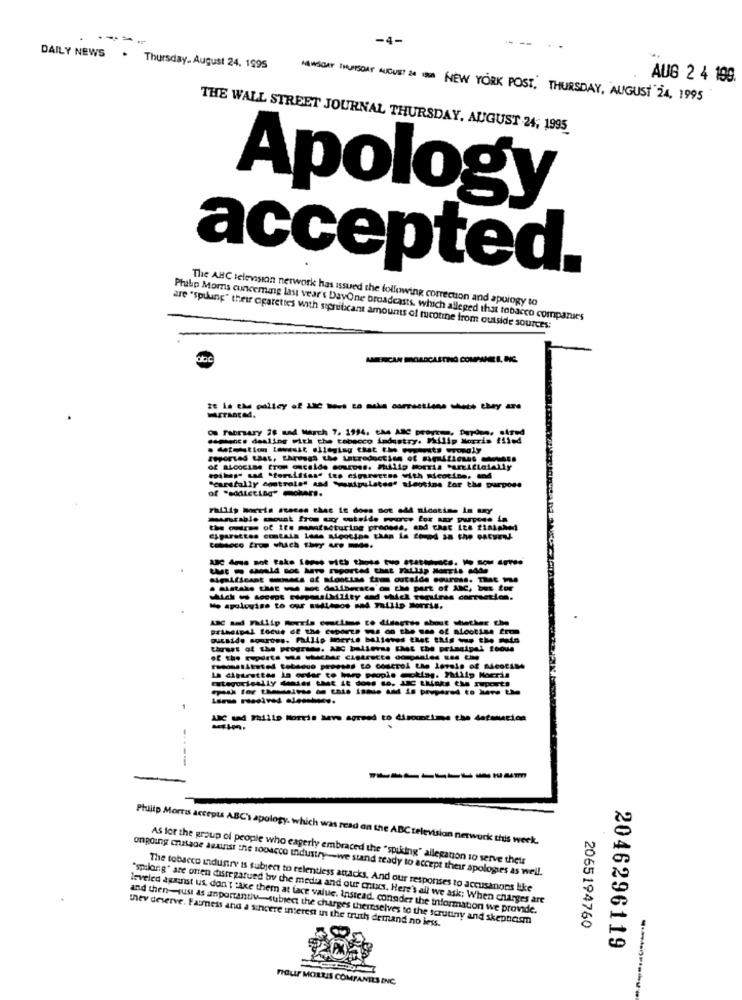
----
-4-
DAILY NEWS . Thursday, August 24. 1995
AUG 2 4 199.
HAWSGAY IHUISDAT AUGUST 24 8 NEW YORK POST, THURSDAY, AUGUST 24, 1995
THE WALL STREET JOURNAL THURSDAY, AUGUST 24, 1995
Apology
accepted.
The ABC television network has issued the following correction and apuiogy to
Pruhp Mors cuncering last vear's DayOne broadcasts, which alleged that tobacco companies
are "spulunp" their cigarettes with stpnibcant amounts of nicotine from outside sources:
300
February 28 and wich 7. 1994, the ARC prov. A
-manca dealing with che tabacco industry. Philip Morris 21164
reported that, through the Introduction of significant shots
moihas" sad storsifiss" ies cigarettes with nicotine, and
Scarstally controle" and "esipulates" sieotine for the purpose
of "addicting" mokers.
alegrins for the purpose
the ouleme of ire mamafacturing process, and char Ite 2inishet
tobacco from which they are made.
significant dimens of slootias toms outside courses. That Ve
. Bistake that - - deliberate of the part of ANC, but for
thrust of the programs. ADC believes That the principal focus
of the meparte de chuchar cistracte companies sos the
Categorically denies that it does to. IfC thinks the suports
La ditirettes in order to harp people cokiss. Philip Morris
Cad Faille Morris seve agreed to disoontime the defuncion
----
Philip Morris accepts ABC) apology. which was read on the ABC television network this week.
AS for the group of people who eagerly embraced the "spiking" allegation 10 serve their
ongoing crusade against the sooacco Industry-we stand ready to accept their apologies as well.
The tobacco industry is subject to relentless attacks. And our responses to accusanons like
"spilong" are onen distegatued by the media and our cus. Here's all we ask; When charges are
leveled against us. don't take them at face value. Instead, consider the information we provide.
they deserve. Fairness and a sincere interest in the truth demand no less.
and then-just as amportantiv subiect the charges themselves to the scrutiny and skeptarm
2065194760
2046296119
FIGUP MOLUIS COMPANIES INC